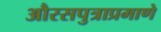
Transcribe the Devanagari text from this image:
औरसपुत्राप्रमाणे